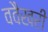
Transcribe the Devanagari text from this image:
ववैखरी